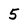
Character: 5